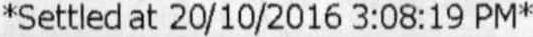
*SETTLED AT 20/10/2016 3:08:19 PM*